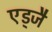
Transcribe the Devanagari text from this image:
एड्जै